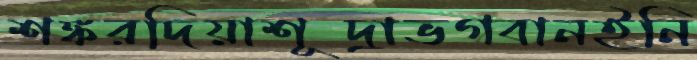
শঙ্করদিয়াশূদ্রাভগবানইনি